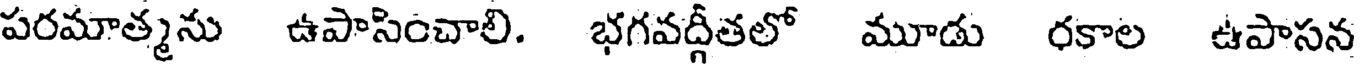
పరమాత్మను ఉపాసించాలి. భగవద్గీతలో మూడు రకాల ఉపాసన